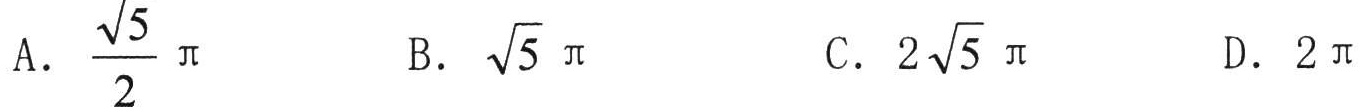
A. $\frac{\sqrt{5}}{2}\pi$  B. $\sqrt{5}\pi$  C. $2\sqrt{5}\pi$  D. $2\pi$